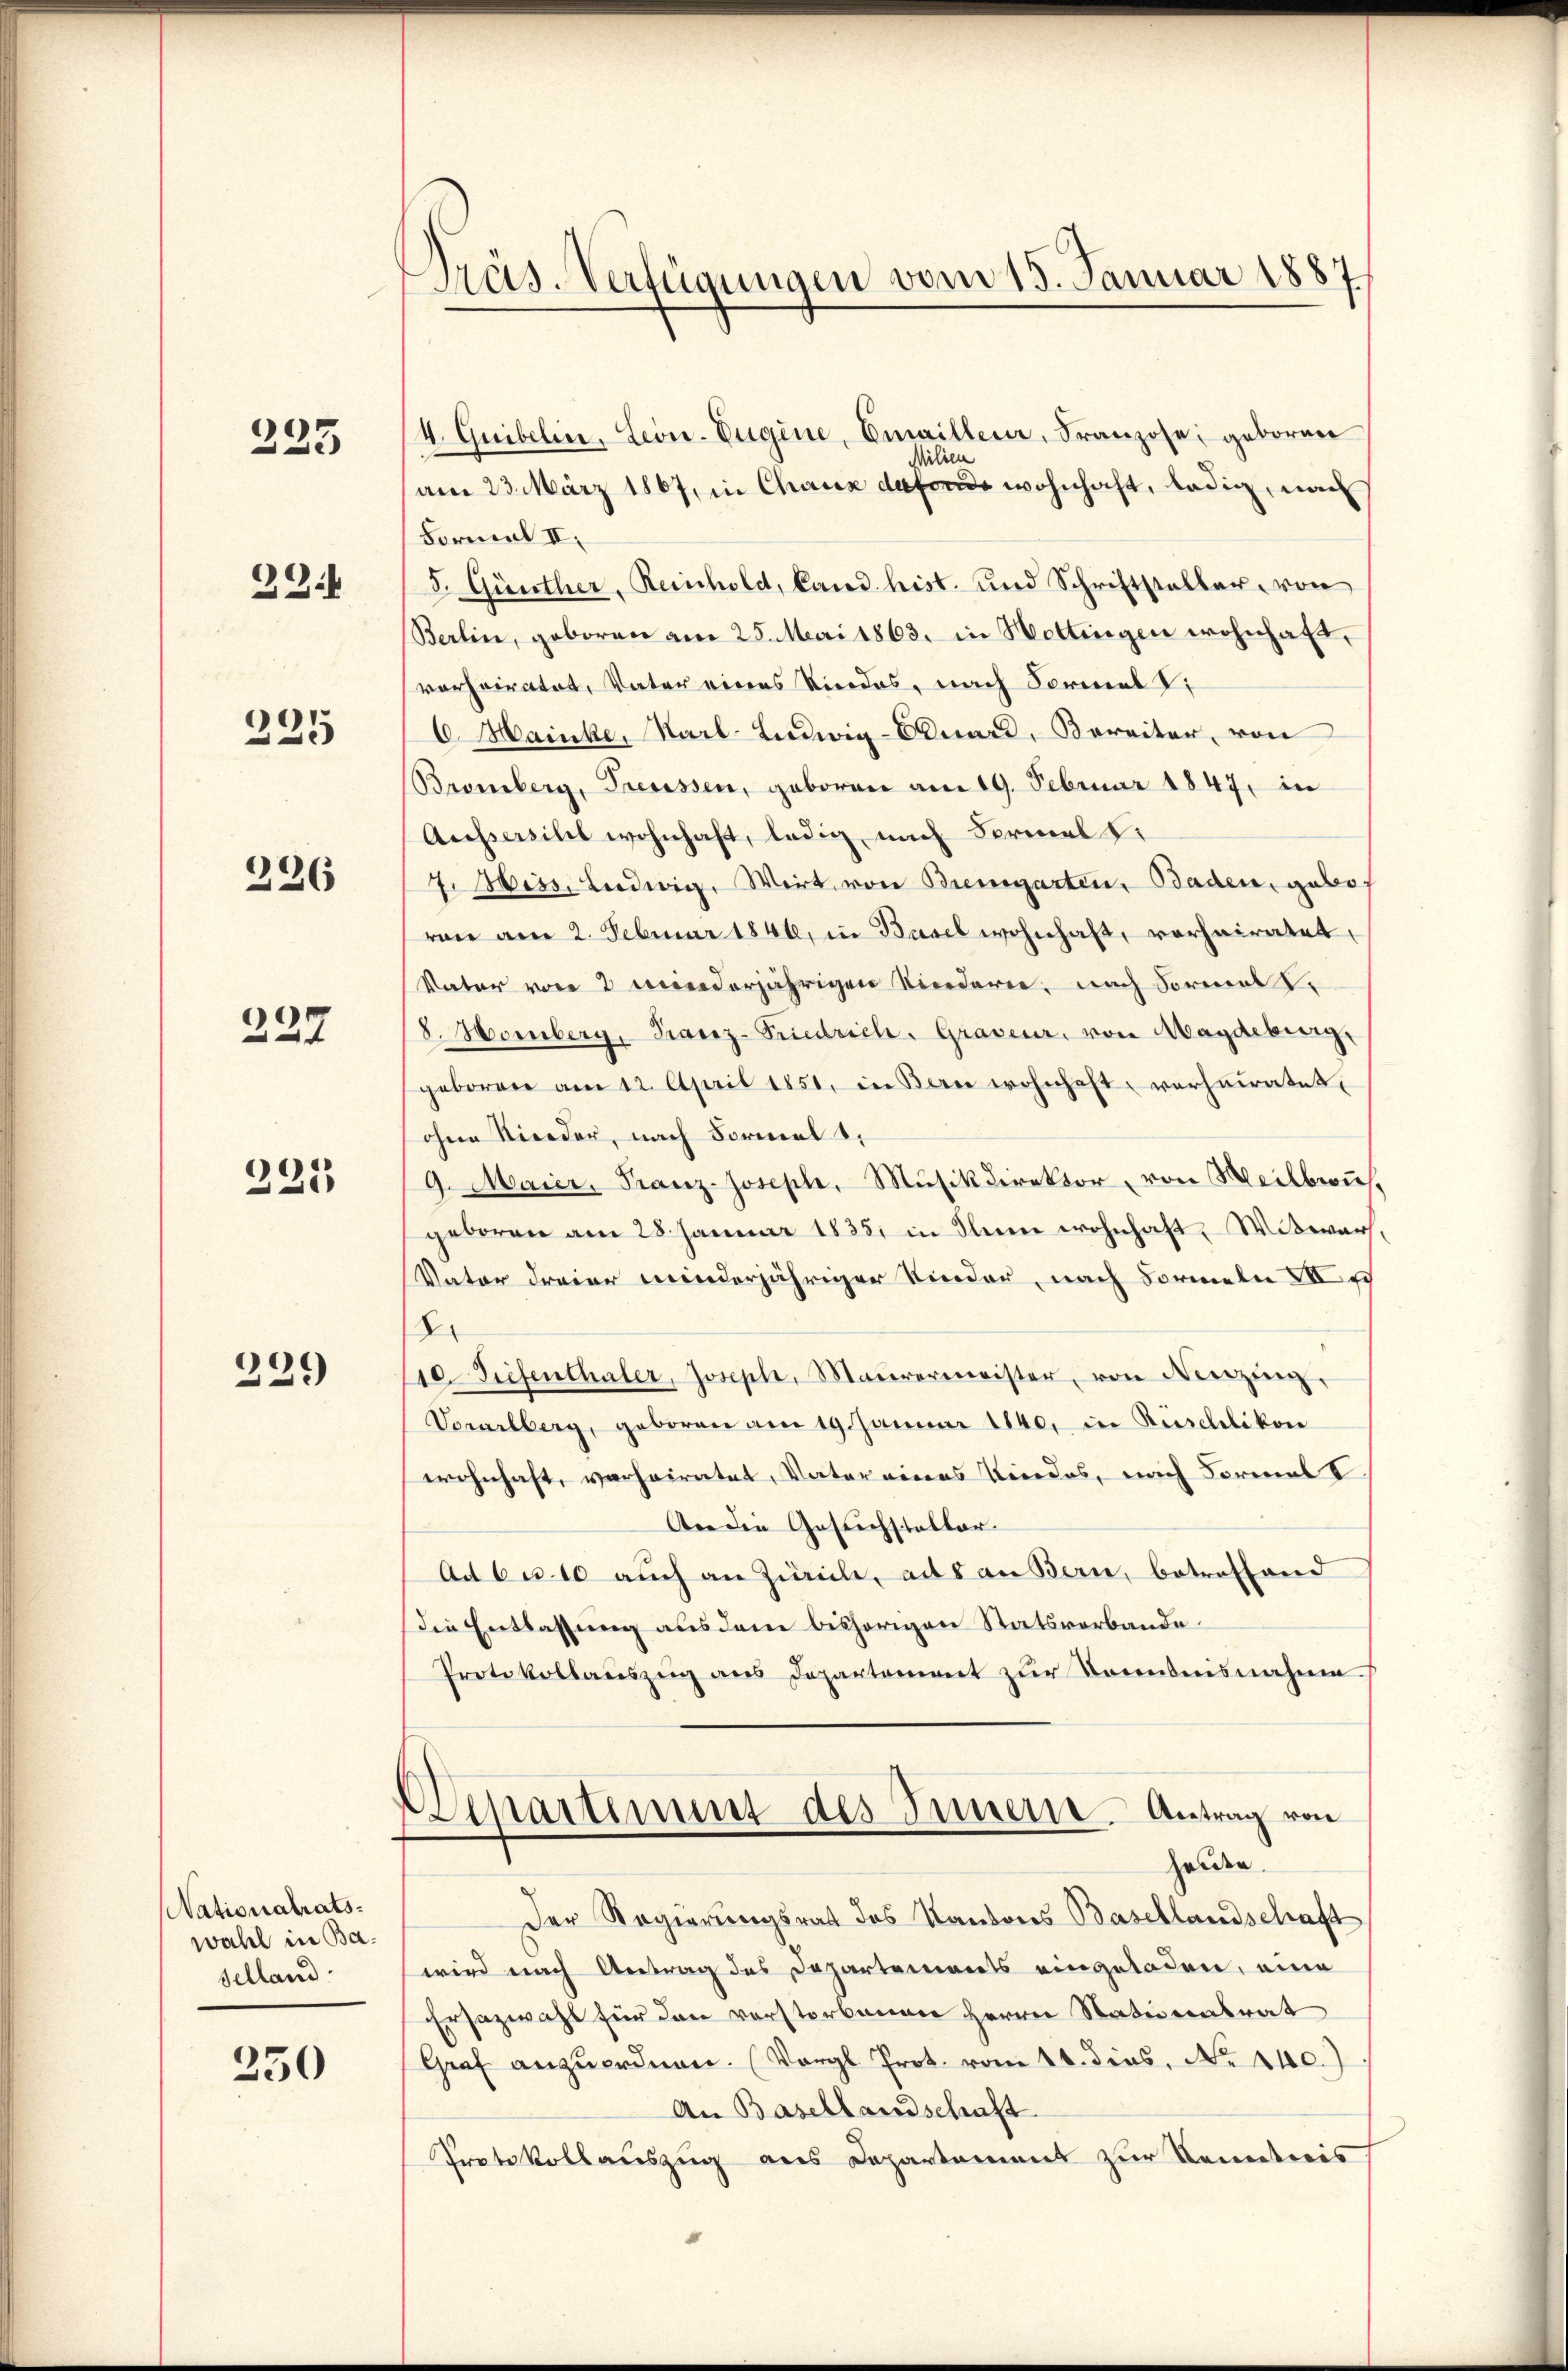
233

39

225

226

237

221

229

Nationalratswahl in Baselland

250

Präs. Verfügungen vom 15. Januar 1887

4. Guibelin, Leon. Eugine, Emaillenz, Franzose, geboren
Milien
am 23. März 1867, in Chaux dafonds wohnhaft, ledig, nach
Formal II.
8. Günther, Reinhold, Land hist. und Schriftsteller, von
Berlin, geboren am 25. Mai 1863. in Hottingen wohnhaft,
vorheiratet, Vater eines Niedes, nach Formel,
C. Mainke, Karl-Ludwig-Couard, Bereiter, von
Bromberg, Treussen, geboren am 19. Februar 1847, in
Aussersihl wohnhaft, ledig, nach Formal d.
7. Biss, Ludwig, Wirt, von Bremgarten, Baden, gebo
von am 2. Februar 1846, in Basel wohnhaft, vorheiratet,
Vater von 2 minderjährigen Niederie, nach Formal
8. Homberg, Kanz-Friedrich. Graveur, von Magdeburg,
geboren am 12. April 1851, in Bern wohnhaft, verheiratet.
ohne Nieder, nach Formel
9. Maier, Franz-Joseph, Musikdirektor, von Weilbwuhgeboren am 28. Januar 1835. in Sinne wohnhaft. Witwer
Vater dreier minderjähriger Nieder, nach Formeln XVI u
8.
10. Tiefenthaler, Joseph, Maurermeister, von Menzing.
Vorarlberg, geboren am 19. Januar 1840, in Rüschlikon
wohnhaft, verheiratet, Vater eines Kindes, nach Formal V
Aer die Gesuchsteller.
Ad 6 u. 10 auch an Zürich, aus an Bern, betreffend
Die Entlassung aus dem bisherigen Statsverbande¬
Protokollauszug aus Departement zur Kenntnisnahme
Departement des Innere. Antrag von
Holden.
Der Regierungsrat des Kantons Basellandschaft
wird nach Antrag des Departements eingeladen, eine
Ersazwahl für den vorstorbenen Herrn Stationentrat
Graf anzuordnen. (Vergl. Prot. vom 11. dies, No 140.)
An Basellandschaft
Protokollauszug aus Departement zur Kennetweis